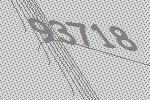
93718